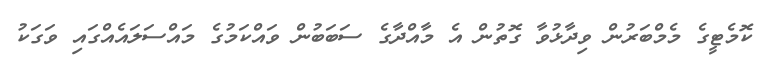
ކޮމެޓީގެ މެމްބަރުން ވިދާޅުވާ ގޮތުން އެ މާއްދާގެ ސަބަބުން ވައްކަމުގެ މައްސަލައެއްގައި ވަގަކު